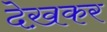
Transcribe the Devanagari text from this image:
देख़कर